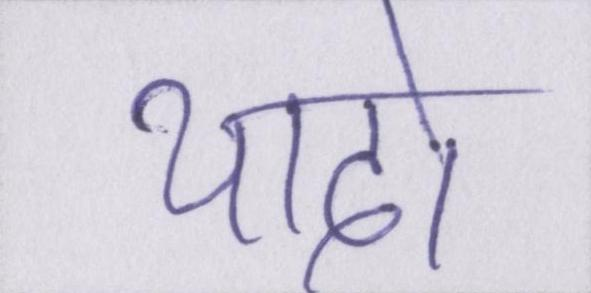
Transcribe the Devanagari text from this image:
यादो